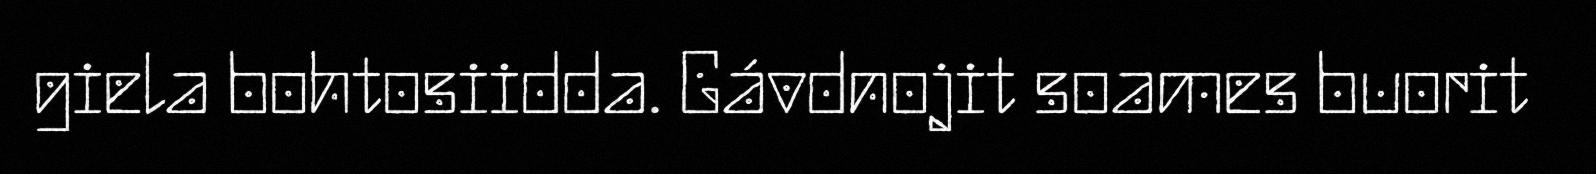
giela bohtosiidda. Gávdnojit soames buorit